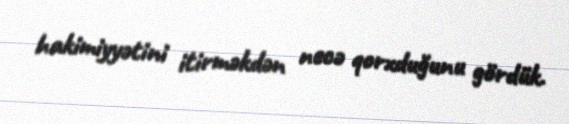
hakimiyyətini itirməkdən necə qorxduğunu gördük.